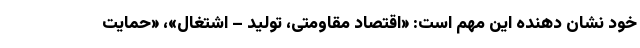
خود نشان دهنده این مهم است: «اقتصاد مقاومتی، تولید – اشتغال»، «حمایت